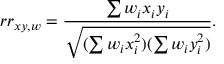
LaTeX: r r _ { x y , w } = { \frac { \sum w _ { i } x _ { i } y _ { i } } { \sqrt { ( \sum w _ { i } x _ { i } ^ { 2 } ) ( \sum w _ { i } y _ { i } ^ { 2 } ) } } } .